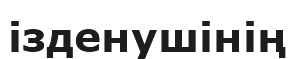
ізденушінің